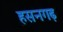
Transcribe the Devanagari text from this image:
हसनगढ़